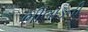
ભીલાડની